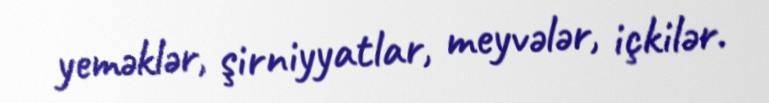
yeməklər, şirniyyatlar, meyvələr, içkilər.